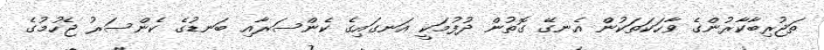
ތަޖުރިބާކާރުންގެ ވާހަކަތަކުން އެނގޭ ގޮތުން ދުފުމަކީ އަނގައިގެ ކެންސަރާއި ބަނޑުގެ ކެންސަރު ޖެހުމުގެ